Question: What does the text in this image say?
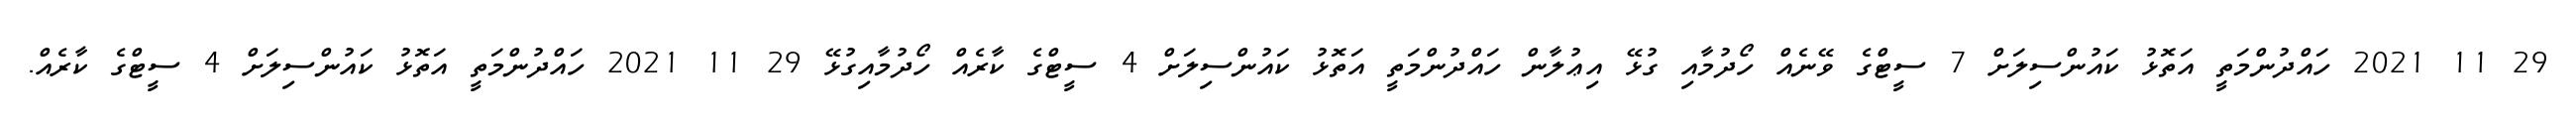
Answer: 29 11 2021 ހައްދުންމަތީ އަތޮޅު ކައުންސިލަށް 7 ސީޓްގެ ވޭނެއް ހޯދުމާއި ގުޅޭ އިޢުލާން ހައްދުންމަތީ އަތޮޅު ކައުންސިލަށް 4 ސީޓްގެ ކާރެއް ހޯދުމާއިގުޅޭ 29 11 2021 ހައްދުންމަތީ އަތޮޅު ކައުންސިލަށް 4 ސީޓްގެ ކާރެއް.